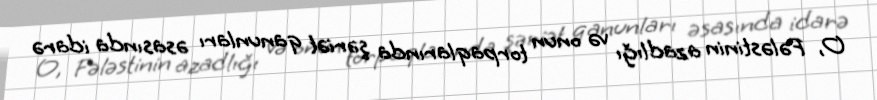
O, Fələstinin azadlığı və onun torpaqlarında şəriət qanunları əsasında idarə